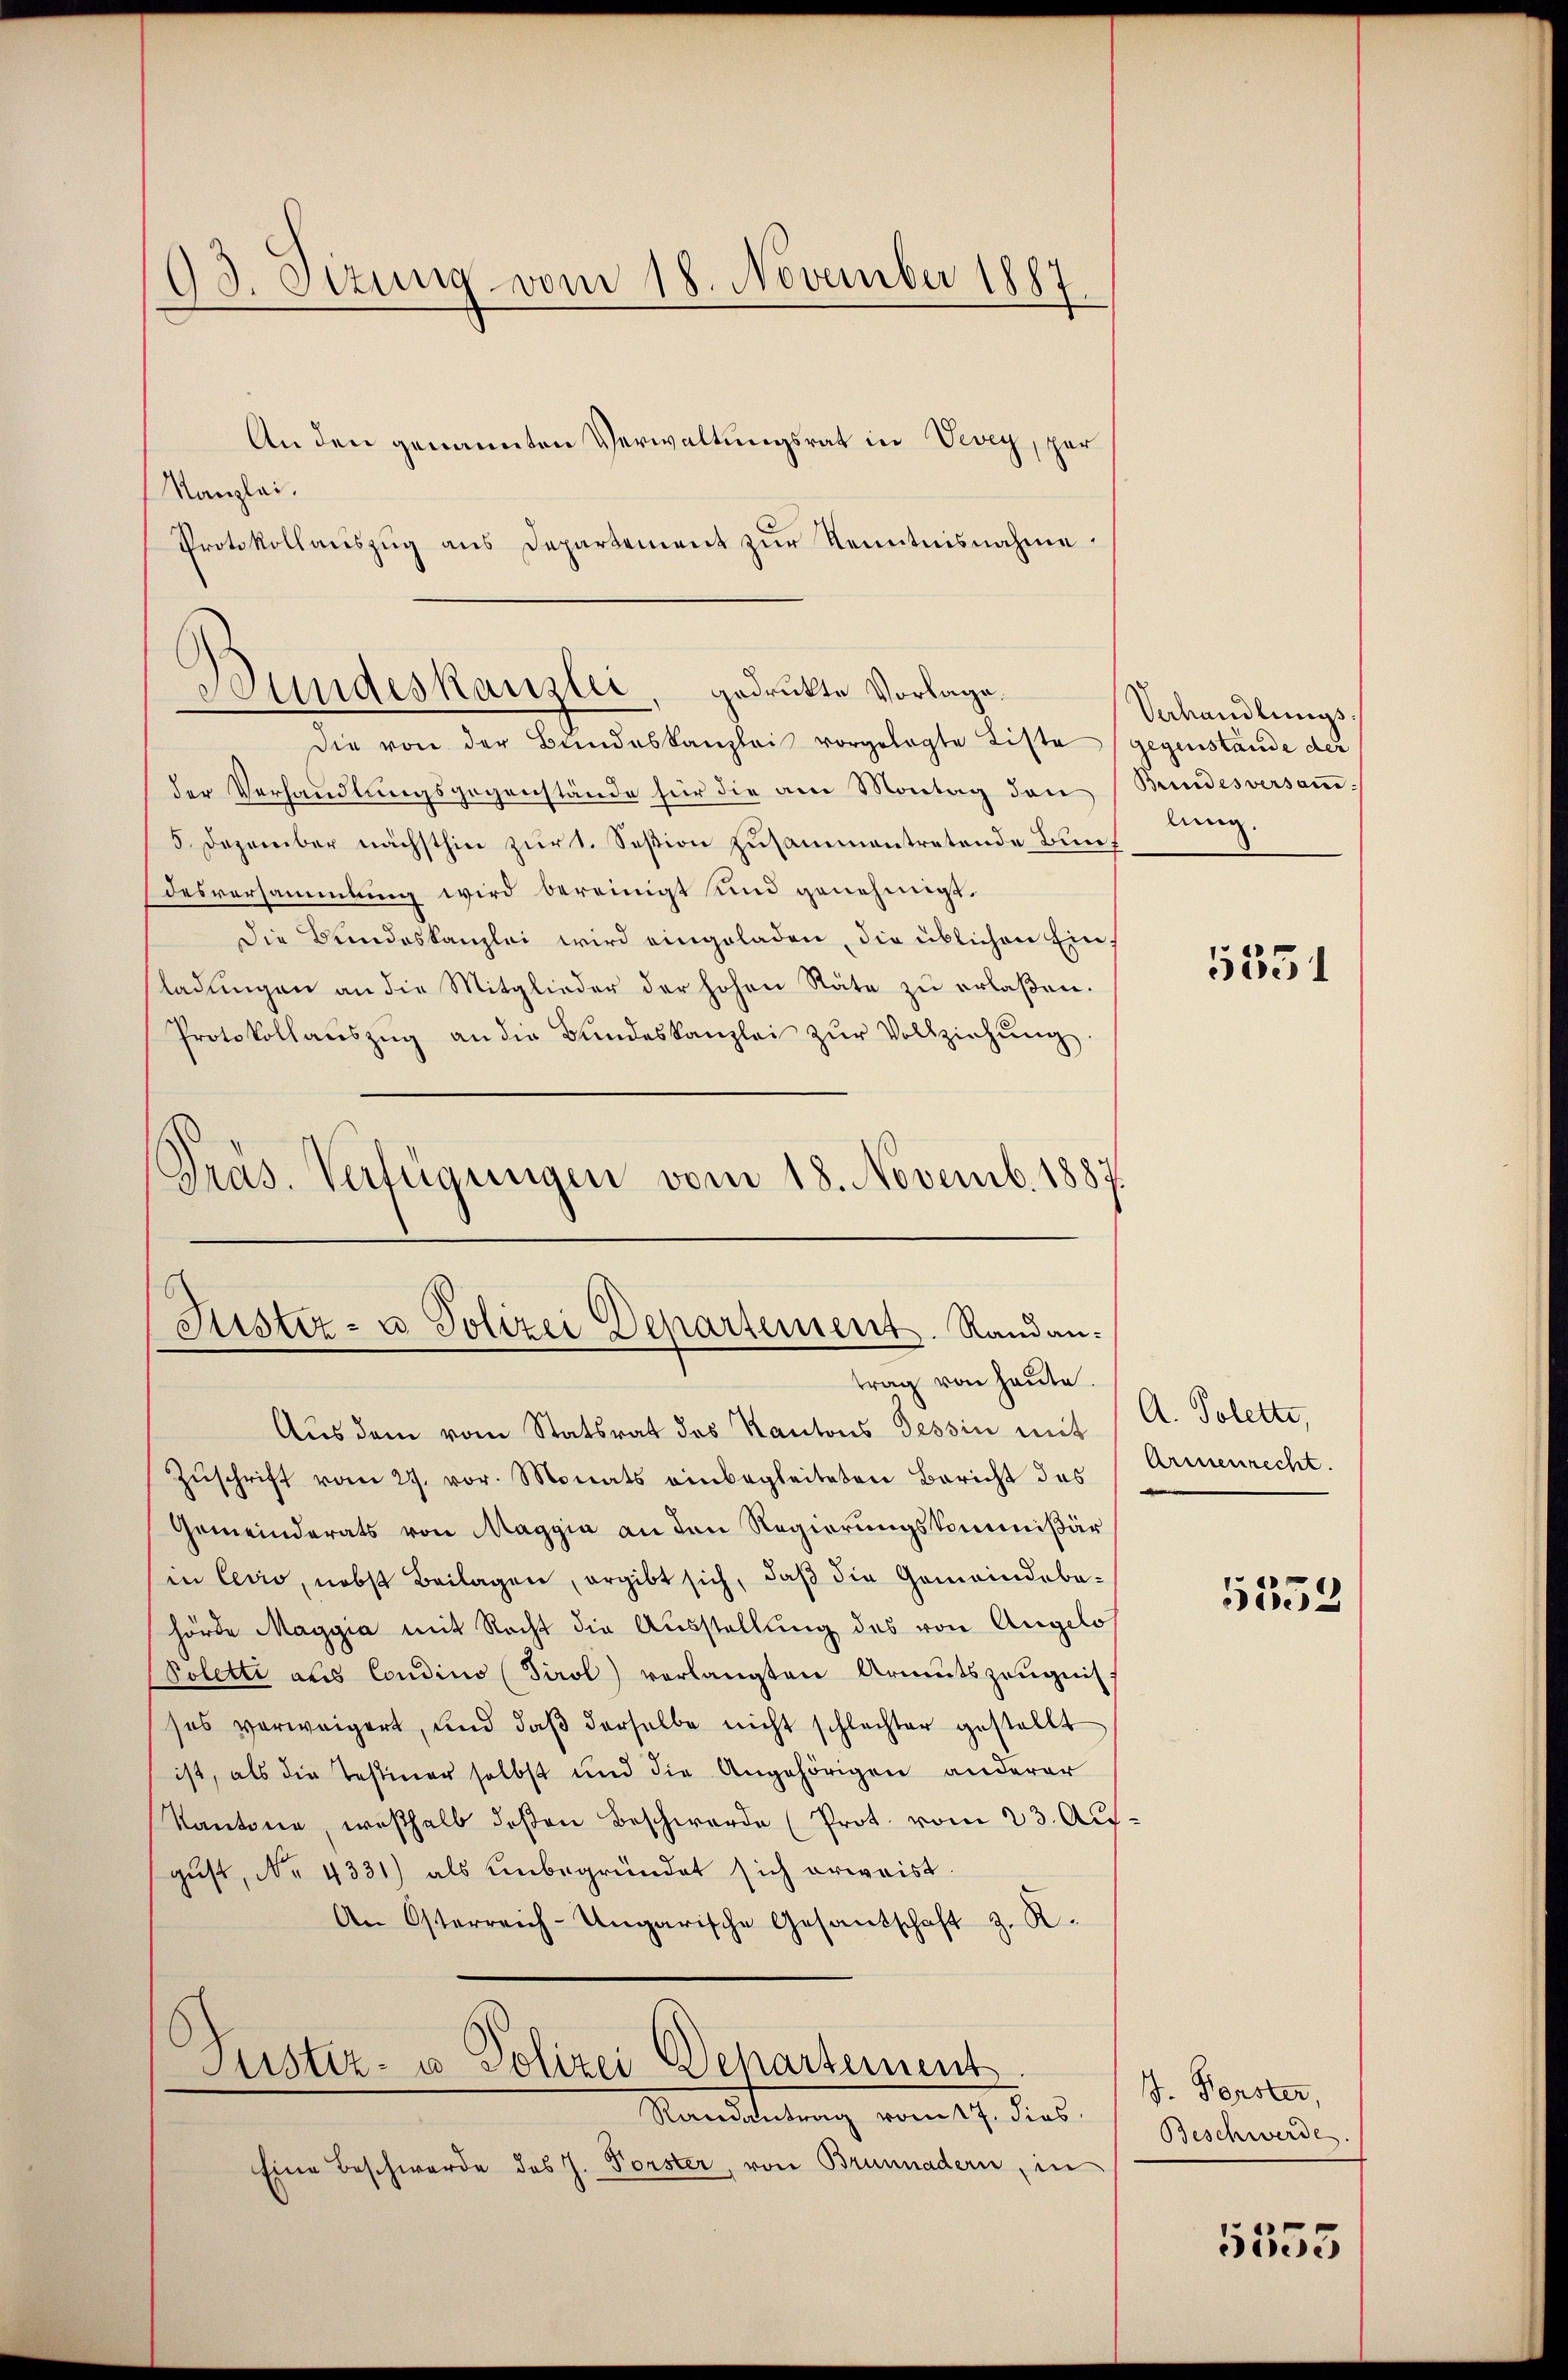
03. Sizung vom 18. November 1887

An den genannten Verwaltungsrat in Vevey, per
Kanzlei.
Protokollauszug aus Departement zur Kenntnisnahme,
Die von der Bundeskanzlei vorgelegte Liste (gegenstände der
der Verhandlŭngsgegenstände für die am Montag den Bundesversaṁ-
5 Dezember nächsthin zur 1. Session zusammentretende Bundesversammlung wird bereinigt und genehmigt.
Die Bundeskanzlei wird eingeladen, die üblichen Einladungen an die Mitglieder der hohen Räte zu erlaßen.
Protokollaŭszŭg an die Bŭndeskanzlei zŭr Vollziehŭng.
Präs. Verfügungen vom 18. Novemb. 1887.

Bundeskanzlei, gedrukte Vorlage.

Fister- u Polizei Departement. Randantrag von heute.

Aus dem vom Statsrat des Kantons Tessin mit (A. Polette,
Zŭschrift vom 27. vor. Monats einbegleiteten Bericht des Armenrecht.
Gemeinderats von Maggia an den Regierungskommißär
in Cevio, nebst Beilagen, ergibt sich, daß die Gemeindebahörde Maggia mit Recht die Ausstellung des von Angelo
Poletti aus Condino (Tirol verlangten Armutszeŭgnis
ses verweigert, und daβ derselbe nicht schlechter gestellt
ist, als die Testiner selbst und die Angehörigen anderer
Kantone, weshalb deßen Beschwerde (Prot. vom 23. Au
gŭst No. 4331) als unbegründet sich erwaist.
An Osterreich-Ungarische Gesandschaft z. R.
Justiz- u. Polizei Departement
Randantrag vom 17. dies
Eine Beschwerde des J. Forster, von Brunnadern, in

Verhandlungs
lung.

5351

5353

J. Forster,
Beschwerde.

5555